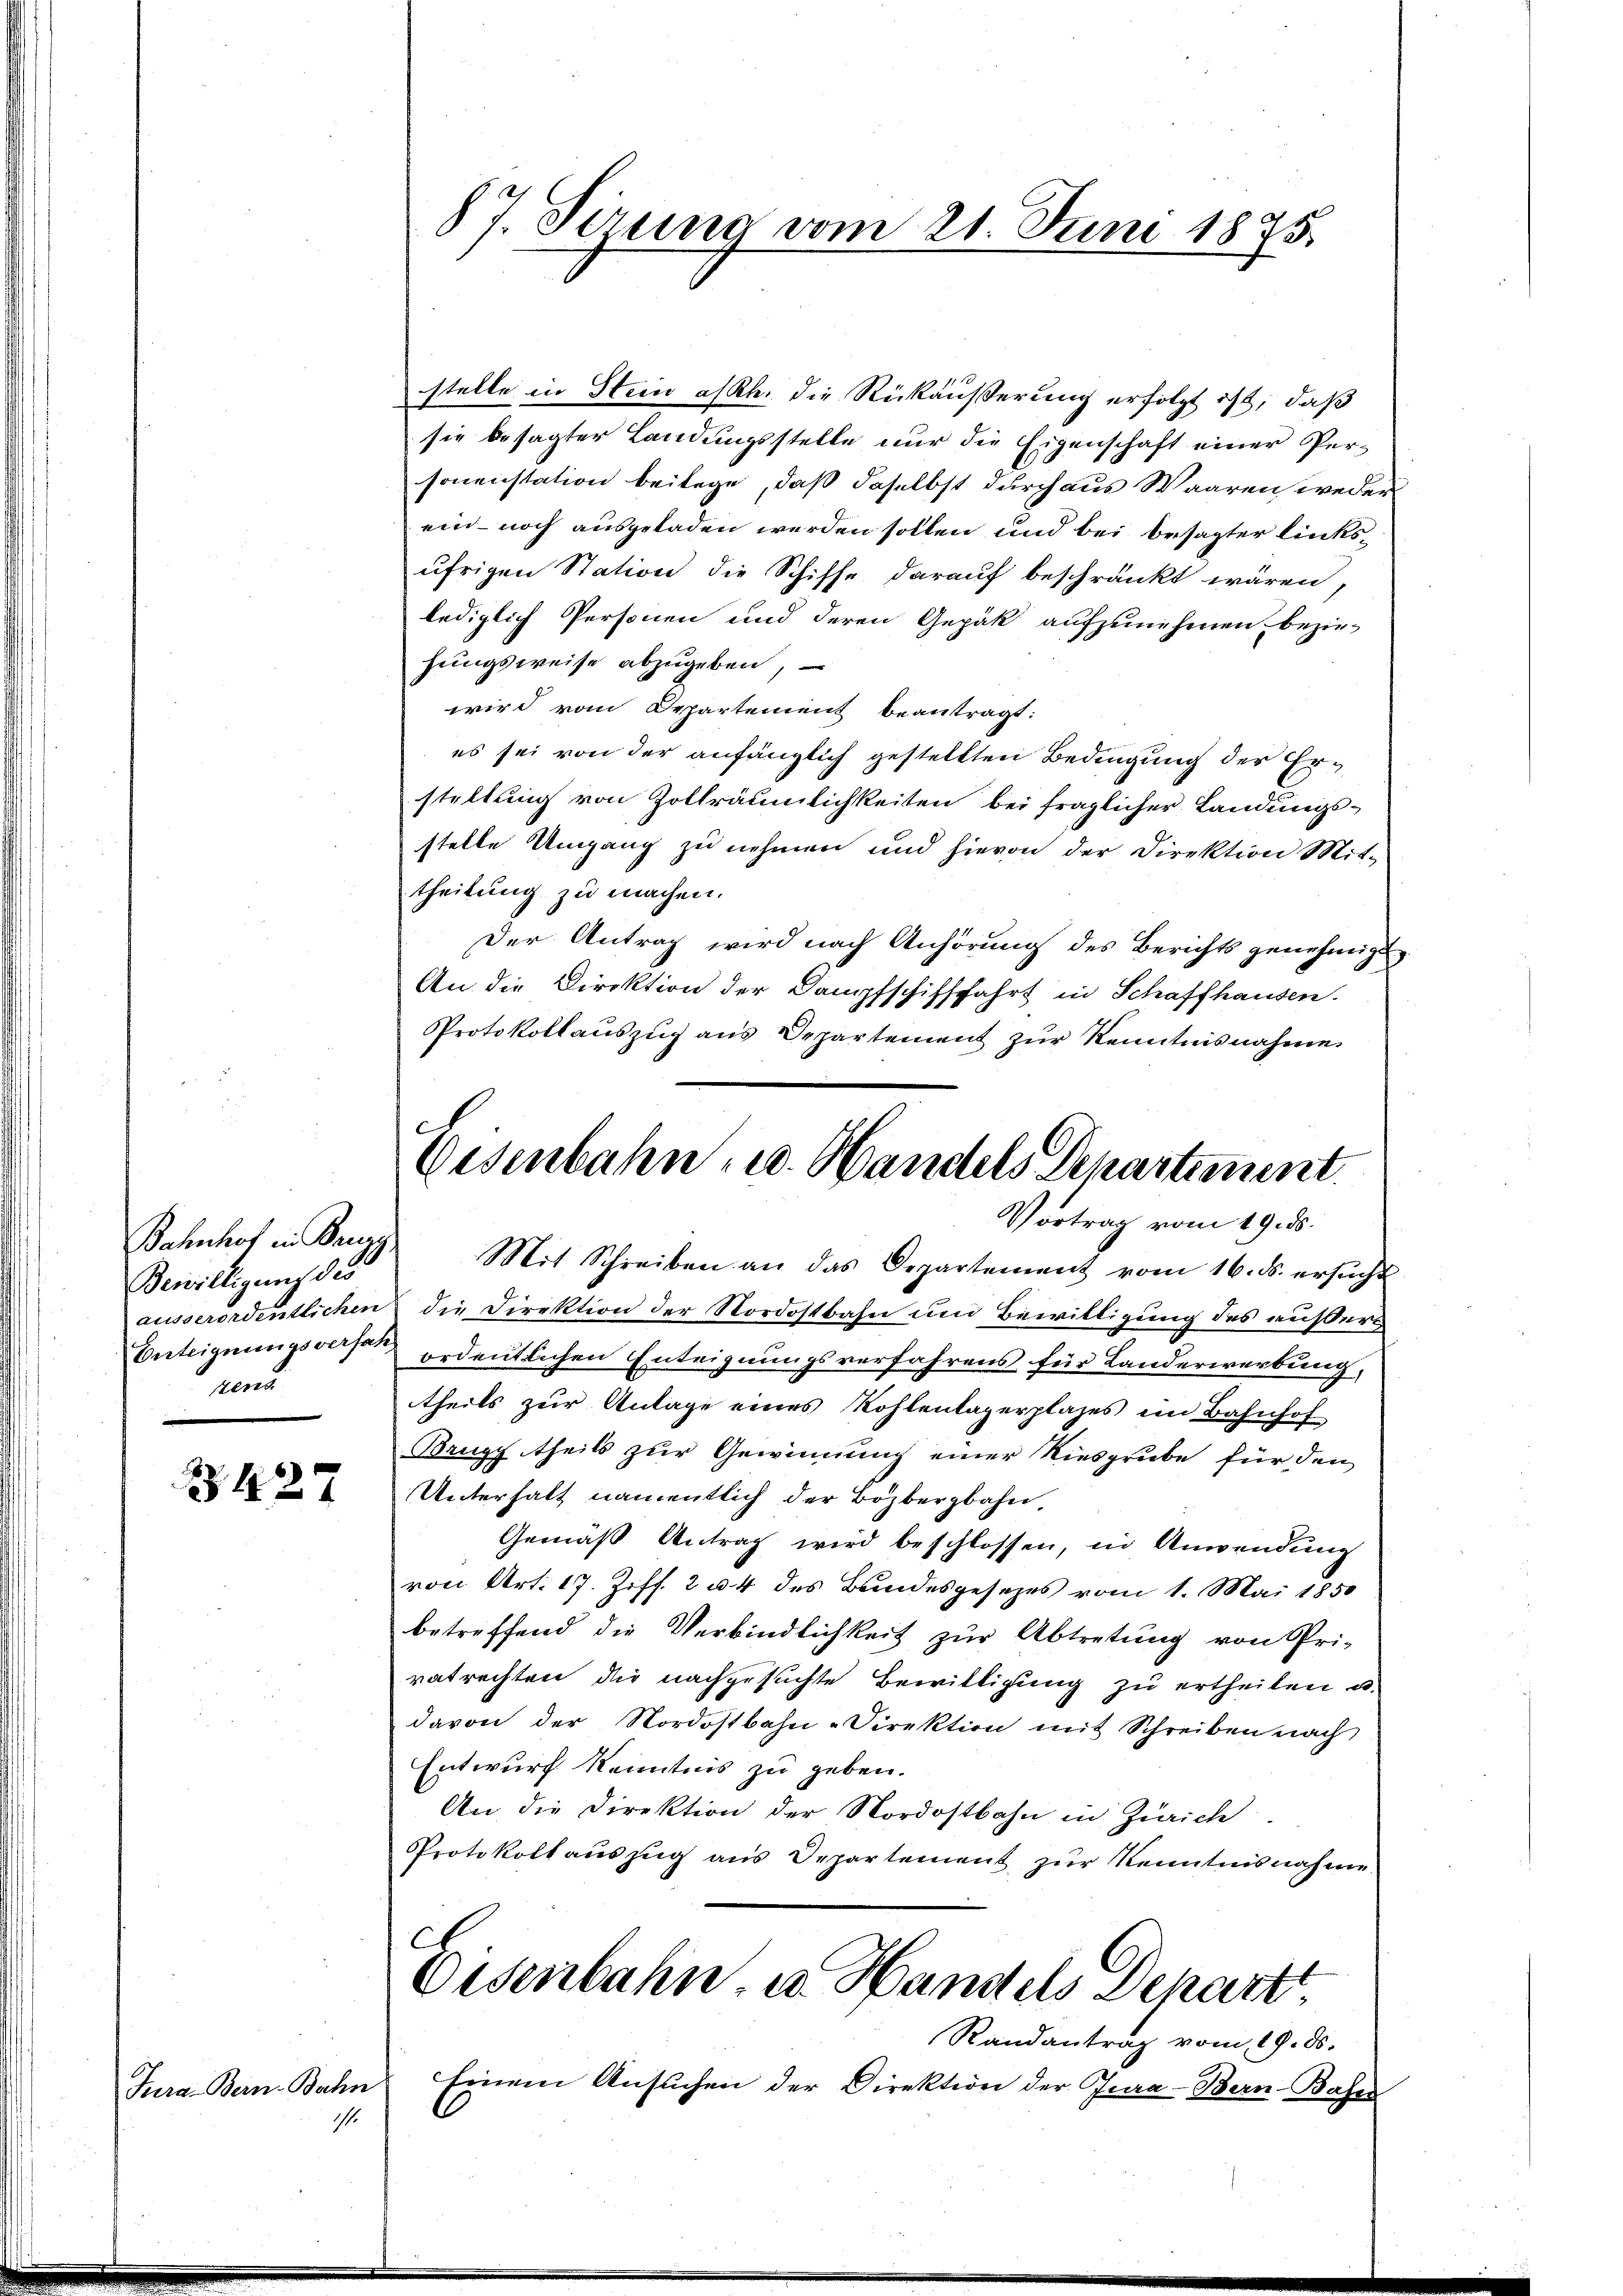
Bewilligung des
rund

Z.127

Jura. Bern-Bahn
.

87. Sirung vom 21. Juni 1875.

stelle in Stein alth. die Rückäußerung erfolgt ist, daß
sie besagter Landungsstelle nur die Eigenschaft einer Personenstation beilage, daß daselbst durch aus Waaren weder
ein- noch ausgeladen werden sollen und bei besagter linksufrigen Station die Schiffe darauf beschränkt wären,
lediglich Personen und deren Gepäk aufzunehmen bezie-
hungsweise abzugeben,
wird vom Departement beantragt:
es sei von der anfänglich gestellten Bedingung der Erstellung von Zollräumlichkeiten bei fraglicher Landungsstelle Umgang zu nehmen und hievon der Direktion Mit-
theilung zu machen.
Der Antrag wird nach Anhörung des Berichts genehmigt
An die Direktion der Dampfschifffahrt in Schaffhausen.
Protokollauszug aus Departement zur Kenntnisnahme
Bahnhof in Bregg Mit Schreiben an das Departement vom 16. ds. ersŭcht
ausserordentlichen die Direktion der Nordostbahn und Bewilligung des außers
Enteignungsvers ordentlichen Enteignungsverfahrens für Landerwerbung,
theils zur Anlage eines Kohlenlagerplazes im Bahnhof
Brugg theils zur Gewinnung einer Riesgrube für den
Unterhalt namentlich der Bözbergbahn
Gemäß Antrag wird beschlossen, in Anwendung
von Art. 17. Ziff. 2 u. 4 des Bundesgesezes vom 1. Mai 1850
betreffend die Verbindlichkeit zur Abtretung von Pri-
vatrechten die nachgesuchte Bewilligung zu ertheilen u.
davon der Nordostbahn-Direktion mit Schreiben nach
Entwurf Kenntnis zu geben.
An die Direktion der Nordostbahn in Zürich
Protokollauszug aus Departement zur Kenntnisnahme
C
Eisenbahn- u. Handels Depart.
Randantrag vom 19. ds.
 Einem Ansuchen der Direktion der Jura-Bern-Base

Eisenbahn u. Handels Departement.
Vortrag vom 19. ds.